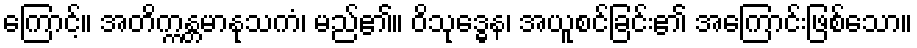
ကြောင့်။ အတိက္ကန္တမာနုသကံ၊ မည်၏။ ဝိသုဒ္ဓေန၊ အယူစင်ခြင်း၏ အကြောင်းဖြစ်သော။